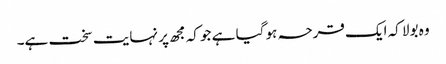
وہ بولا کہ ایک قرحہ ہو گیا ہے جو کہ مجھ پر نہایت سخت ہے۔